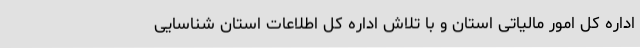
اداره کل امور مالیاتی استان و با تلاش اداره کل اطلاعات استان شناسایی